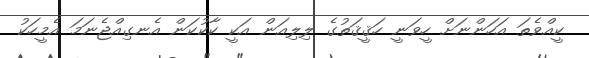
ކީއްވެތަ އަހަންނަށް ހީވަނީ ހަޤީޤަތުގެ ލިލިއަން އަކީ ކާކުކަން އެނގިއްޖެނަމަ އެމީހަކު